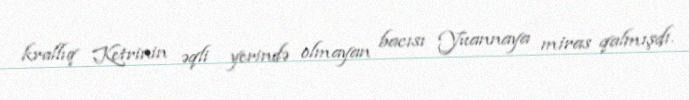
krallıq Ketrinin əqli yerində olmayan bacısı Yuannaya miras qalmışdı.